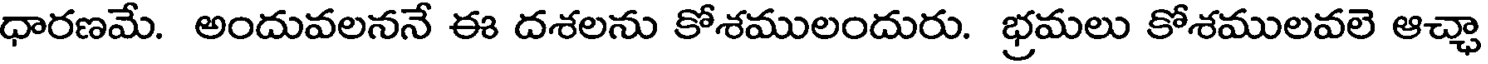
ధారణమే. అందువలననే ఈ దశలను కోశములందురు. భ్రమలు కోశములవలె ఆచ్చా